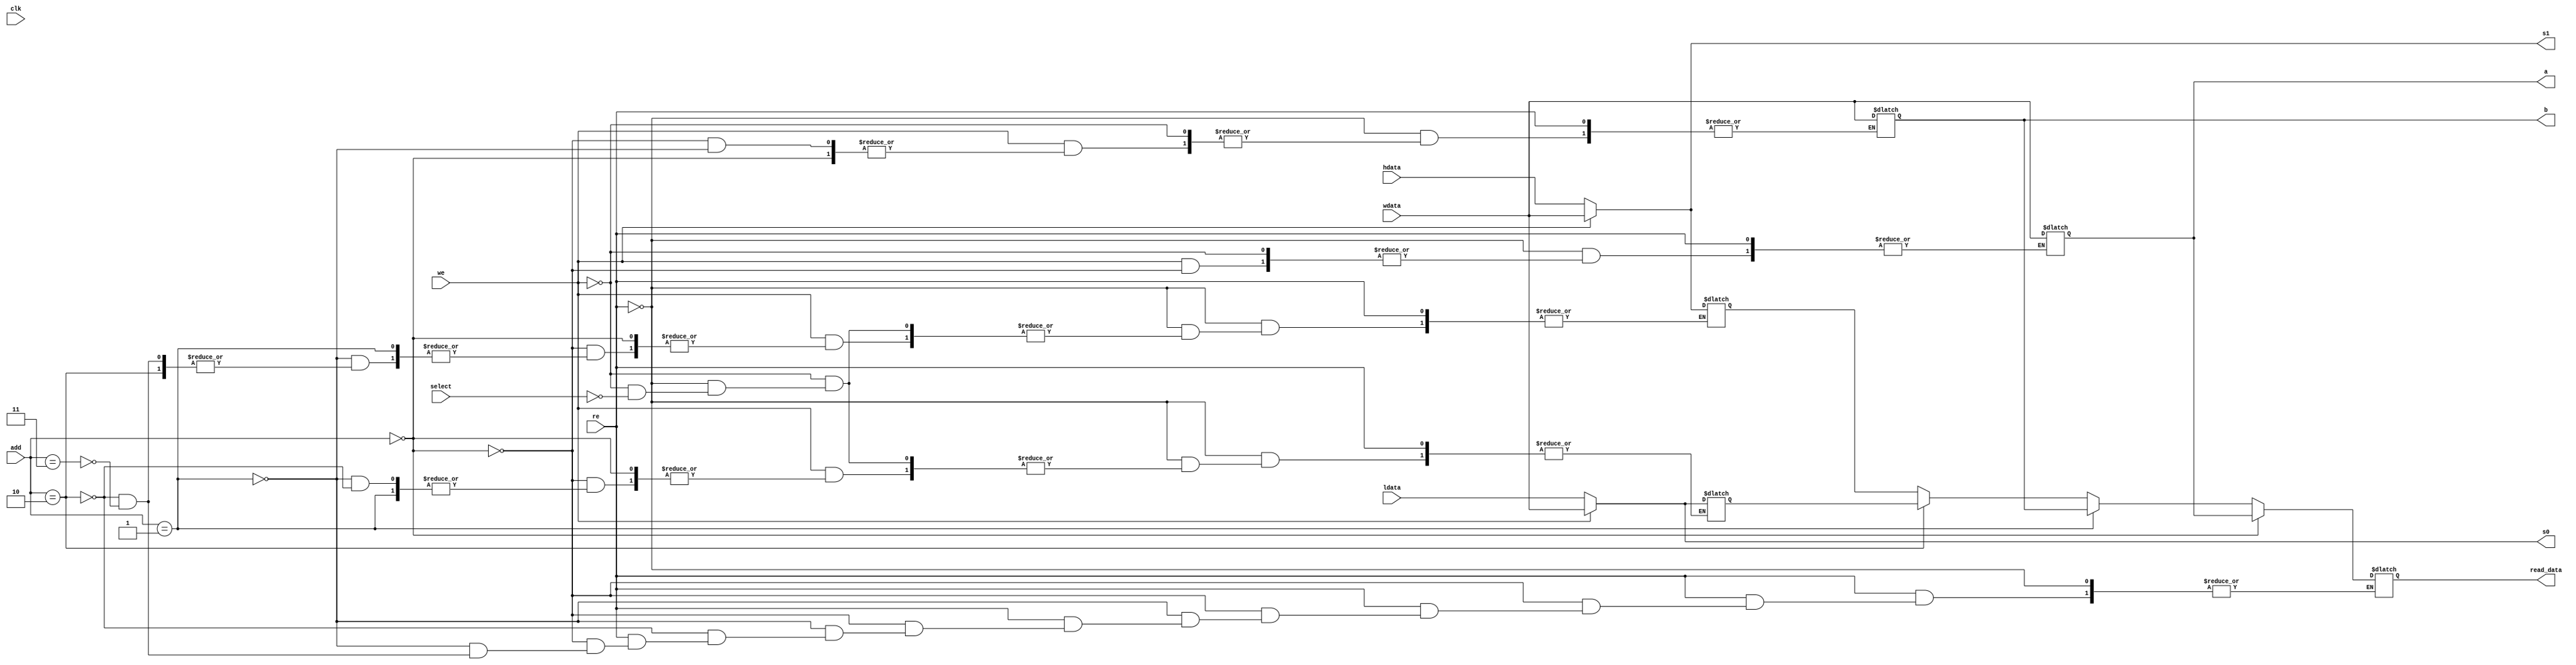
module REG (
    input [511:0] ldata,
    input [511:0] hdata,
    input [511:0] wdata,
    input we,
    input re,
    input select,
    input clk,
    input [1:0] add,
    output reg [511:0] read_data,
    output reg [511:0] a,
    output reg [511:0] b,
    output reg [511:0] s0,
    output reg [511:0] s1
);

    reg signed [511:0] rega, regb, regs0, regs1;

    always @(*) begin
        if (re) begin
            if (add == 2'b00)
                read_data = rega;
            else if (add == 2'b01)
                read_data = regb;
            else if (add == 2'b10)
                read_data = regs0;
            else if (add == 2'b11)
                read_data = regs1;
        end
        else if (we) begin
            if (add == 2'b00)
                rega <= wdata;
            else if (add == 2'b01)
                regb <= wdata;
            else if (add == 2'b10)
                regs0 <= wdata;
            else if (add == 2'b11)
                regs1 <= wdata;
        end
        else if (select) begin
            regs0 = ldata;
            regs1 = hdata;
        end

        a = rega;
        b = regb;
        s0 = regs0;
        s1 = regs1;
    end

    initial begin
        rega = 0;
        regb = 0;
        regs0 = 0;
        regs1 = 0;
    end

endmodule